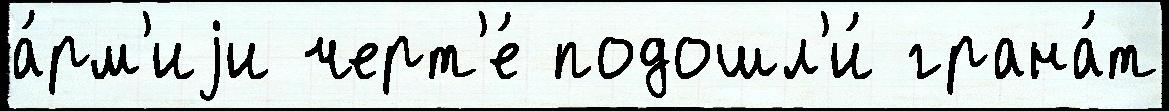
а́рм'иjи черт'е́ подошл'и́ грана́т